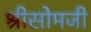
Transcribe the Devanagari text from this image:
श्रीसोमजी